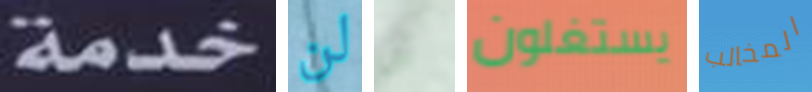
خدمة لن أن يستغلون المخالب